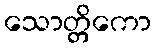
သောတ္တိကော